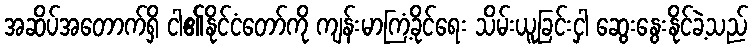
အဆိပ်အတောက်ရှိ ငါ၏နိုင်ငံတော်ကို ကျန်းမာကြံ့ခိုင်ရေး သိမ်းယူခြင်းငှါ ဆွေးနွေးနိုင်ခဲ့သည်